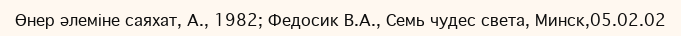
Өнер әлеміне саяхат, А., 1982; Федосик В.А., Семь чудес света, Минск,05.02.02